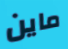
ماين